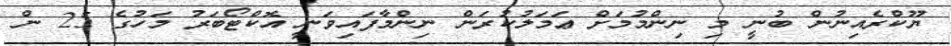
ޔޫކްރެއިނުން ބުނީ މި ނިންމުމަށް ޢަމަލުކުރަން ނިންމާފައިވަނީ އޮކްޓޯބަރު މަހުގެ 25 ން